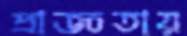
প্রাজ্ঞতায়